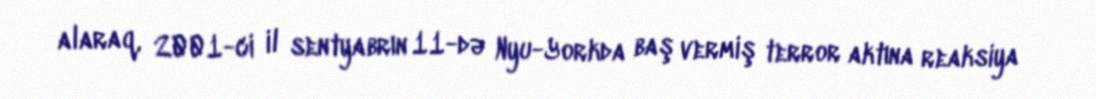
alaraq, 2001-ci il sentyabrın 11-də Nyu-Yorkda baş vermiş terror aktına reaksiya